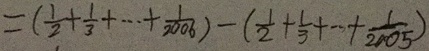
= ( \frac { 1 } { 2 } + \frac { 1 } { 3 } + \cdots + \frac { 1 } { 2 0 0 6 } ) - ( \frac { 1 } { 2 } + \frac { 1 } { 3 } + \cdots + \frac { 1 } { 2 0 0 5 } )